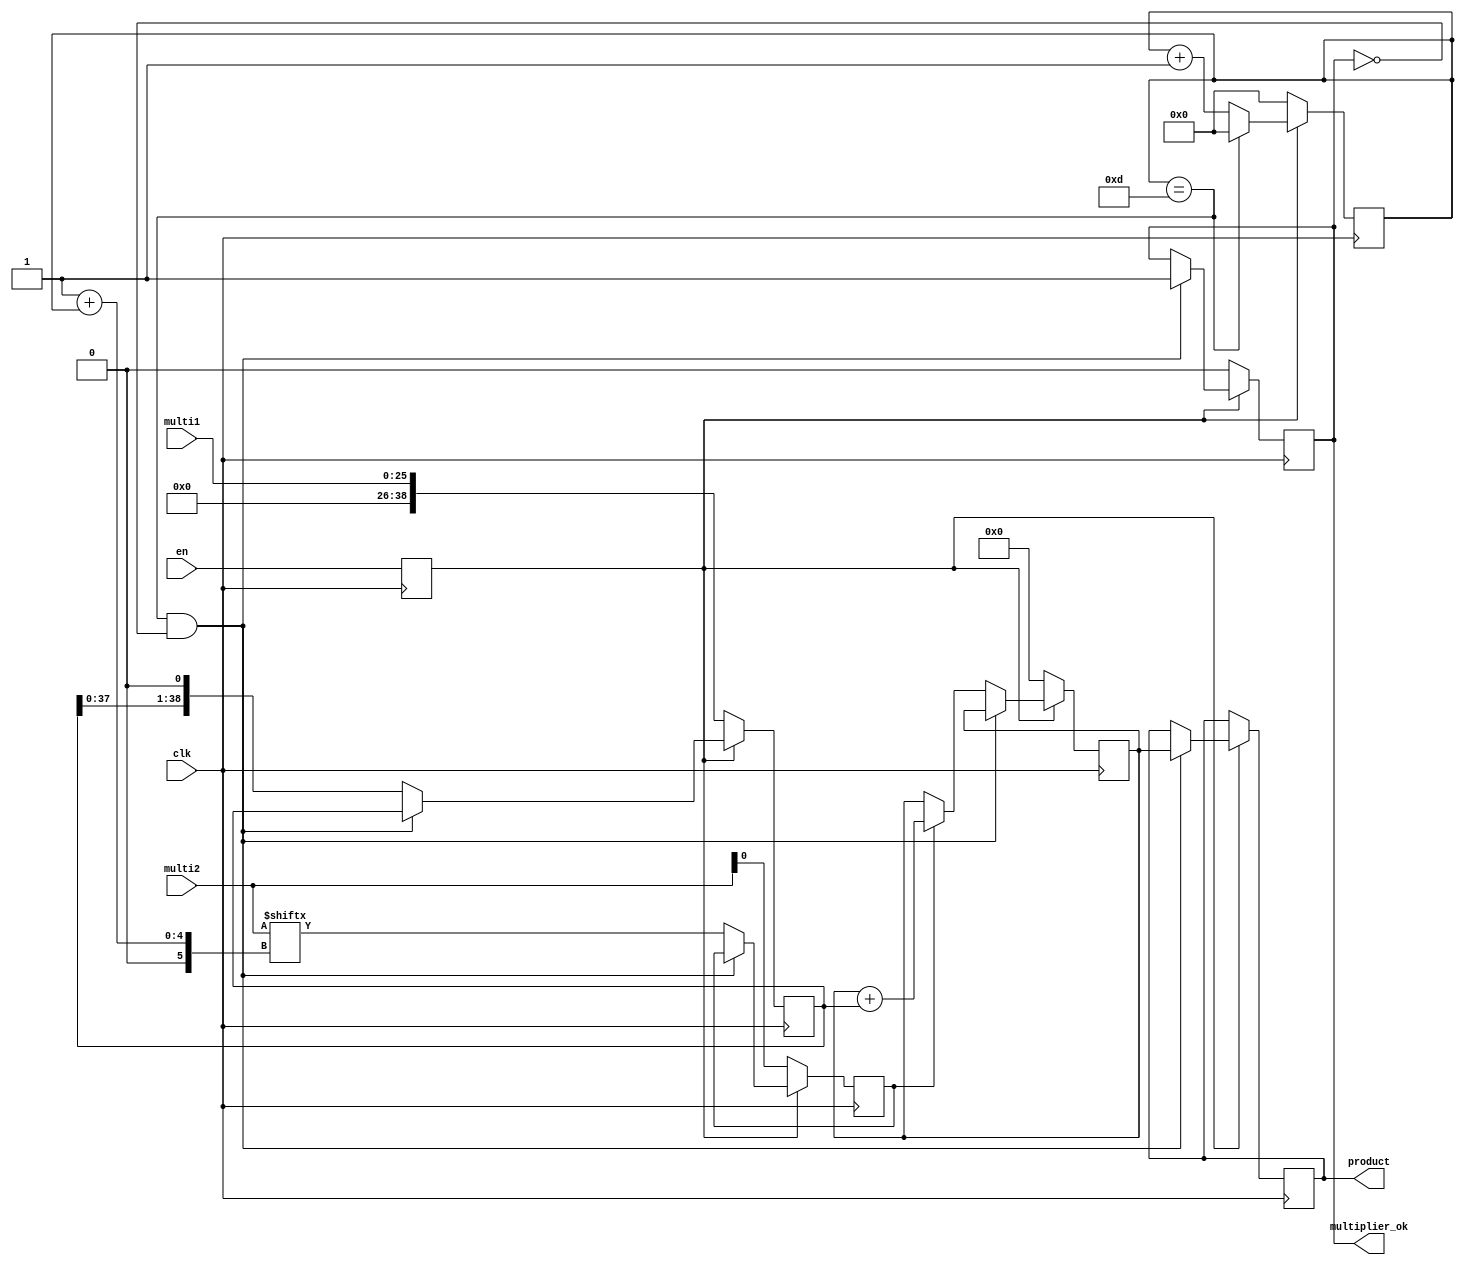
module multiplier(
    clk,
    en,
    multi1,
    multi2,

    product,
    multiplier_ok
);

parameter M = 26; // bit numbers of output of the divider (unsingned)
parameter N = 13;  // bit numbers of output of the sin (unsigned)

input clk, en;
input [M - 1:0] multi1;
input [N - 1:0] multi2;

output reg [M + N - 1:0] product;
output reg multiplier_ok;

reg mul_en;

always @(posedge clk) begin
    mul_en <= en;
end

reg [3:0] count;
always @(posedge clk) begin
    if (!mul_en)
        count <= 0;
    else if (count == N)
        count <= 0;
    else
        count <= count + 1'b1;
end

reg [M + N - 1:0] multi1_t;
reg multi2_t;
reg [M + N - 1:0] product_t;

always @(posedge clk) begin
    if (!mul_en) begin
        multi1_t <= {{N{1'b0}}, multi1};
        multi2_t <= multi2[0];
        product_t <= {(M + N){1'b0}};
        multiplier_ok <= 0;
    end
    else begin
        if (count == N && !multiplier_ok) begin
            product <= product_t;
            multiplier_ok <= 1;
        end
        else begin
            multi1_t <= multi1_t << 1;
            multi2_t <= multi2[1 + count];
            if (multi2_t)
                product_t <= product_t + multi1_t; 
        end
    end 
end

endmodule